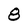
Character: 8